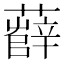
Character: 𧀼